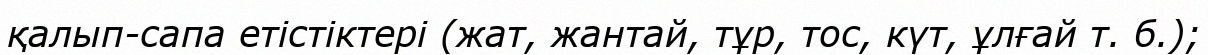
қалып-сапа етістіктері (жат, жантай, тұр, тос, күт, ұлғай т. б.);